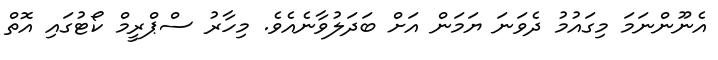
އެނޫންނަމަ މިގައުމު ދެވަނަ ޔަމަން އަށް ބަދަލުވާނެއެވެ. މިހާރު ސްޕްރީމް ކޯޓުގައި އޮތް